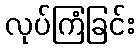
လုပ်ကြံခြင်း